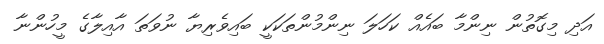
އަދި މިގޮތުން ނިންމާ ބައެއް ކަހަލަ ނިންމުންތަކަކީ ބައިވެރިޔާ ނުވަތަ އާއިލާގެ މީހުންނާ